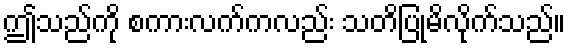
ဤသည်ကို စကားလက်ကလည်း သတိပြုမိလိုက်သည်။